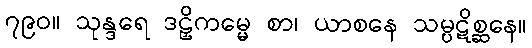
၇၉၀။ သုန္ဒရေ ဒဠှိကမ္မေ စာ၊ ယာစနေ သမ္ပဋိစ္ဆနေ။